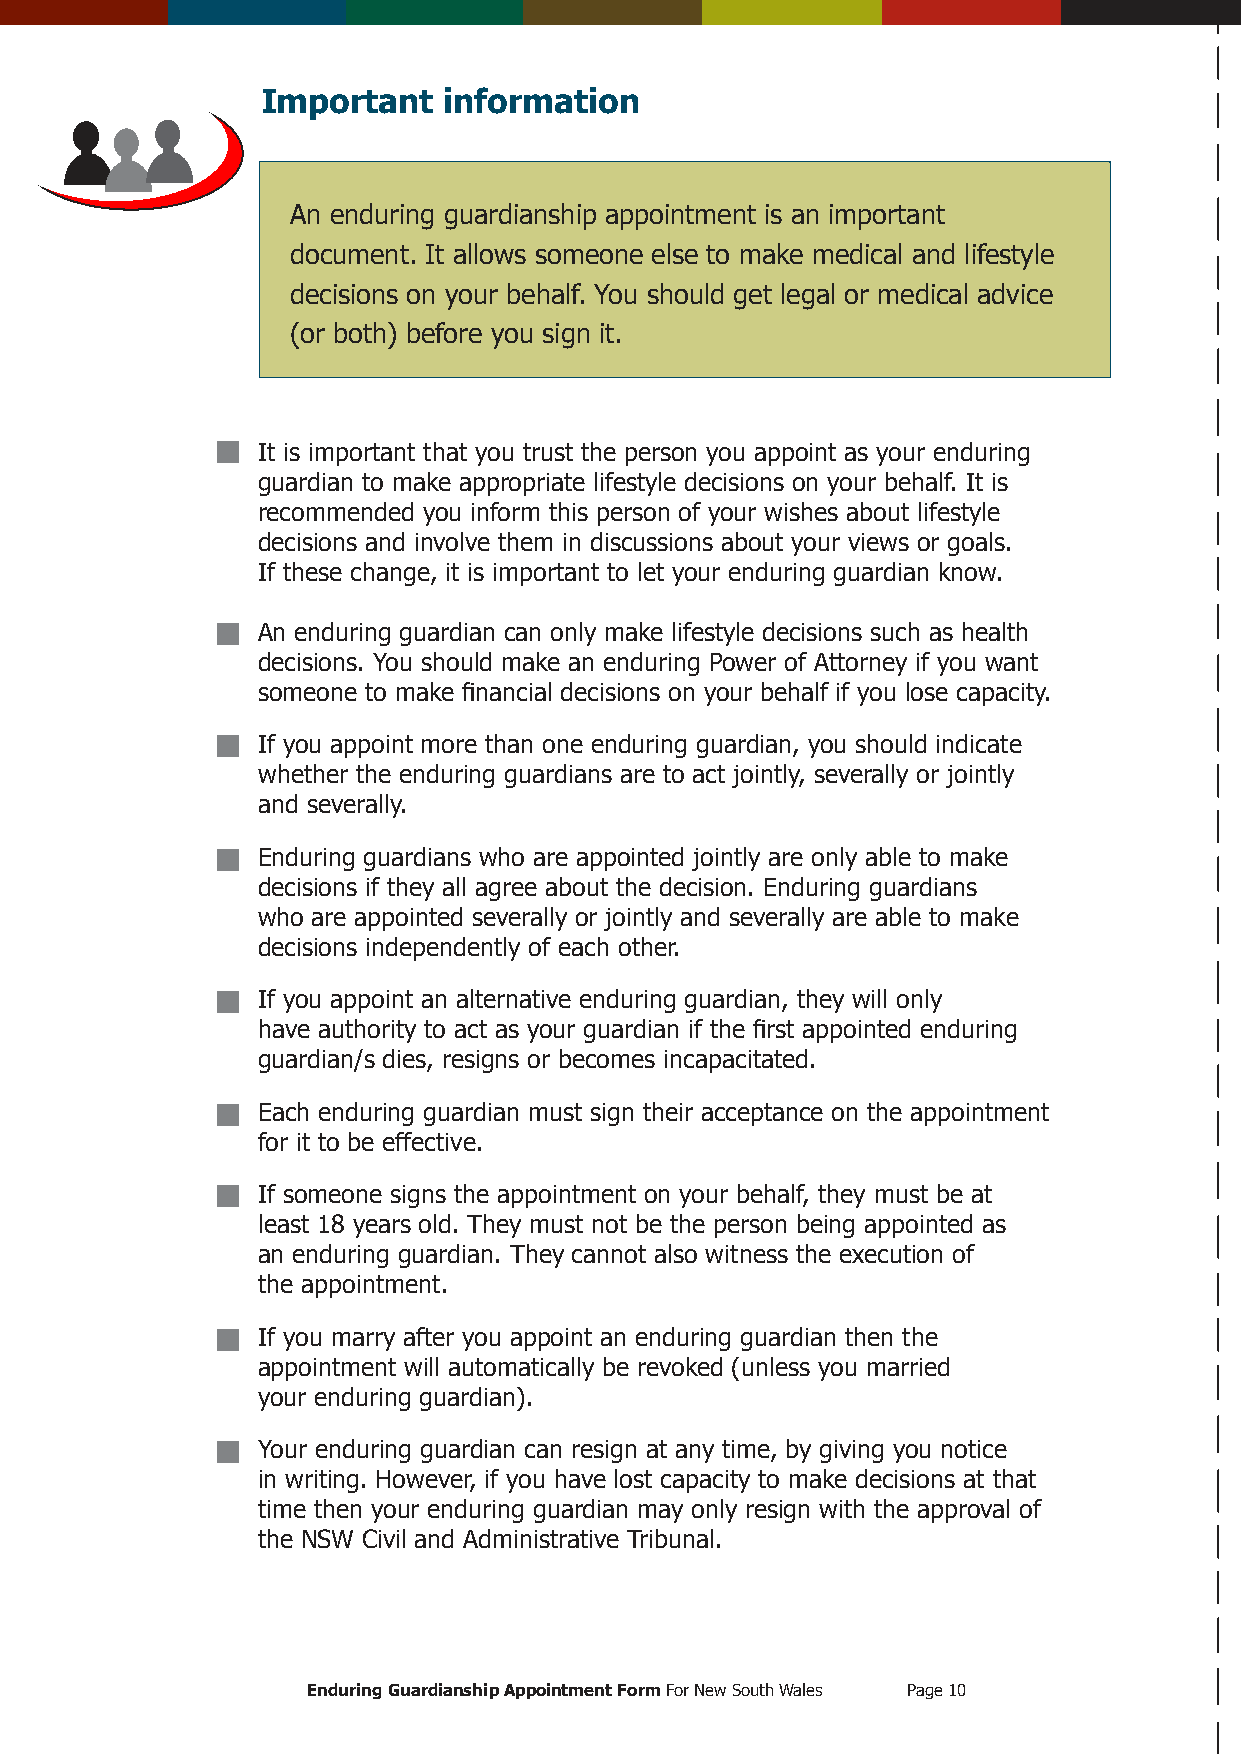
Important   information
 An enduring guardianship appointment is an important
 document. It allows someone else to make medical and lifestyle
 decisions on your behalf. You should get legal or medical advice
 (or both) before you sign it.
 It is important that you trust the person you appoint as your enduring
 guardian to make appropriate lifestyle decisions on your behalf. It is
 recommended you inform this person of your wishes about lifestyle
 decisions and involve them in discussions about your views or goals.
 If these change, it is important to let your enduring guardian know.
 An enduring guardian can only make lifestyle decisions such as health
 decisions. You should make an enduring Power of Attorney if you want
 someone to make inancial decisions on your behalf if you lose capacity.
 If you appoint more than one enduring guardian, you should indicate
 whether the enduring guardians are to act jointly, severally or jointly
 and severally.
 Enduring guardians who are appointed jointly are only able to make
 decisions if they all agree about the decision. Enduring guardians
 who are appointed severally or jointly and severally are able to make
 decisions independently of each other.
 If you appoint an alternative enduring guardian, they will only
 have authority to act as your guardian if the irst appointed enduring
 guardian/s dies, resigns or becomes incapacitated.
 Each enduring guardian must sign their acceptance on the appointment
 for it to be effective.
 If someone signs the appointment on your behalf, they must be at
 least 18 years old. They must not be the person being appointed as
 an enduring guardian. They cannot also witness the execution of
 the appointment.
 If you marry after you appoint an enduring guardian then the
 appointment will automatically be revoked (unless you married
 your enduring guardian).
 Your enduring guardian can resign at any time, by giving you notice
 in writing. However, if you have lost capacity to make decisions at that
 time then your enduring guardian may only resign with the approval of
 the NSW Civil and Administrative Tribunal.
 Enduring Guardianship Appointment Form For New South Wales Page 10